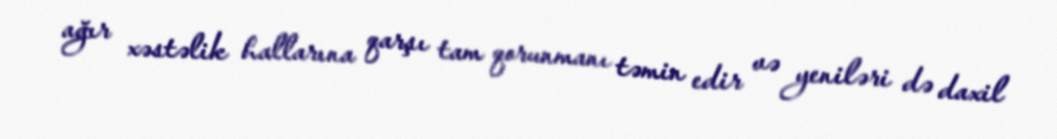
ağır xəstəlik hallarına qarşı tam qorunmanı təmin edir və yeniləri də daxil